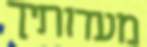
מעדותיך